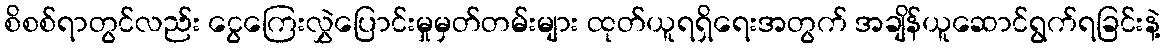
စိစစ်ရာတွင်လည်း ငွေကြေးလွှဲပြောင်းမှုမှတ်တမ်းများ ထုတ်ယူရရှိရေးအတွက် အချိန်ယူဆောင်ရွက်ရခြင်းနဲ့